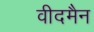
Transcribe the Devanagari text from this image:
वीदमैन